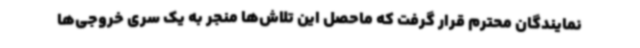
نمایندگان محترم قرار گرفت که ماحصل این تلاش‌ها منجر به یک سری خروجی‌ها